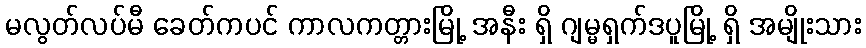
မလွတ်လပ်မီ ခေတ်ကပင် ကာလကတ္တားမြို့ အနီး ရှိ ဂျမ္မရှက်ဒပူမြို့ ရှိ အမျိုးသား